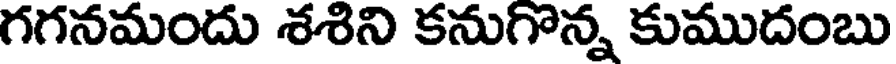
గగనమందు శశిని కనుగొన్న కుముదంబు